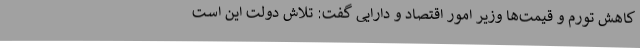
کاهش تورم و قیمت‌ها وزیر امور اقتصاد و دارایی گفت: تلاش دولت این است